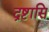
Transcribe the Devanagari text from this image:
द्रष्टासि